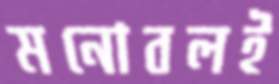
মনোবলই